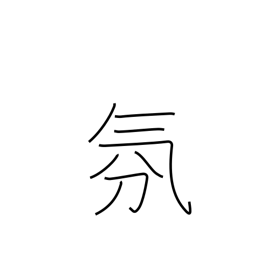
Meaning: atmosphere